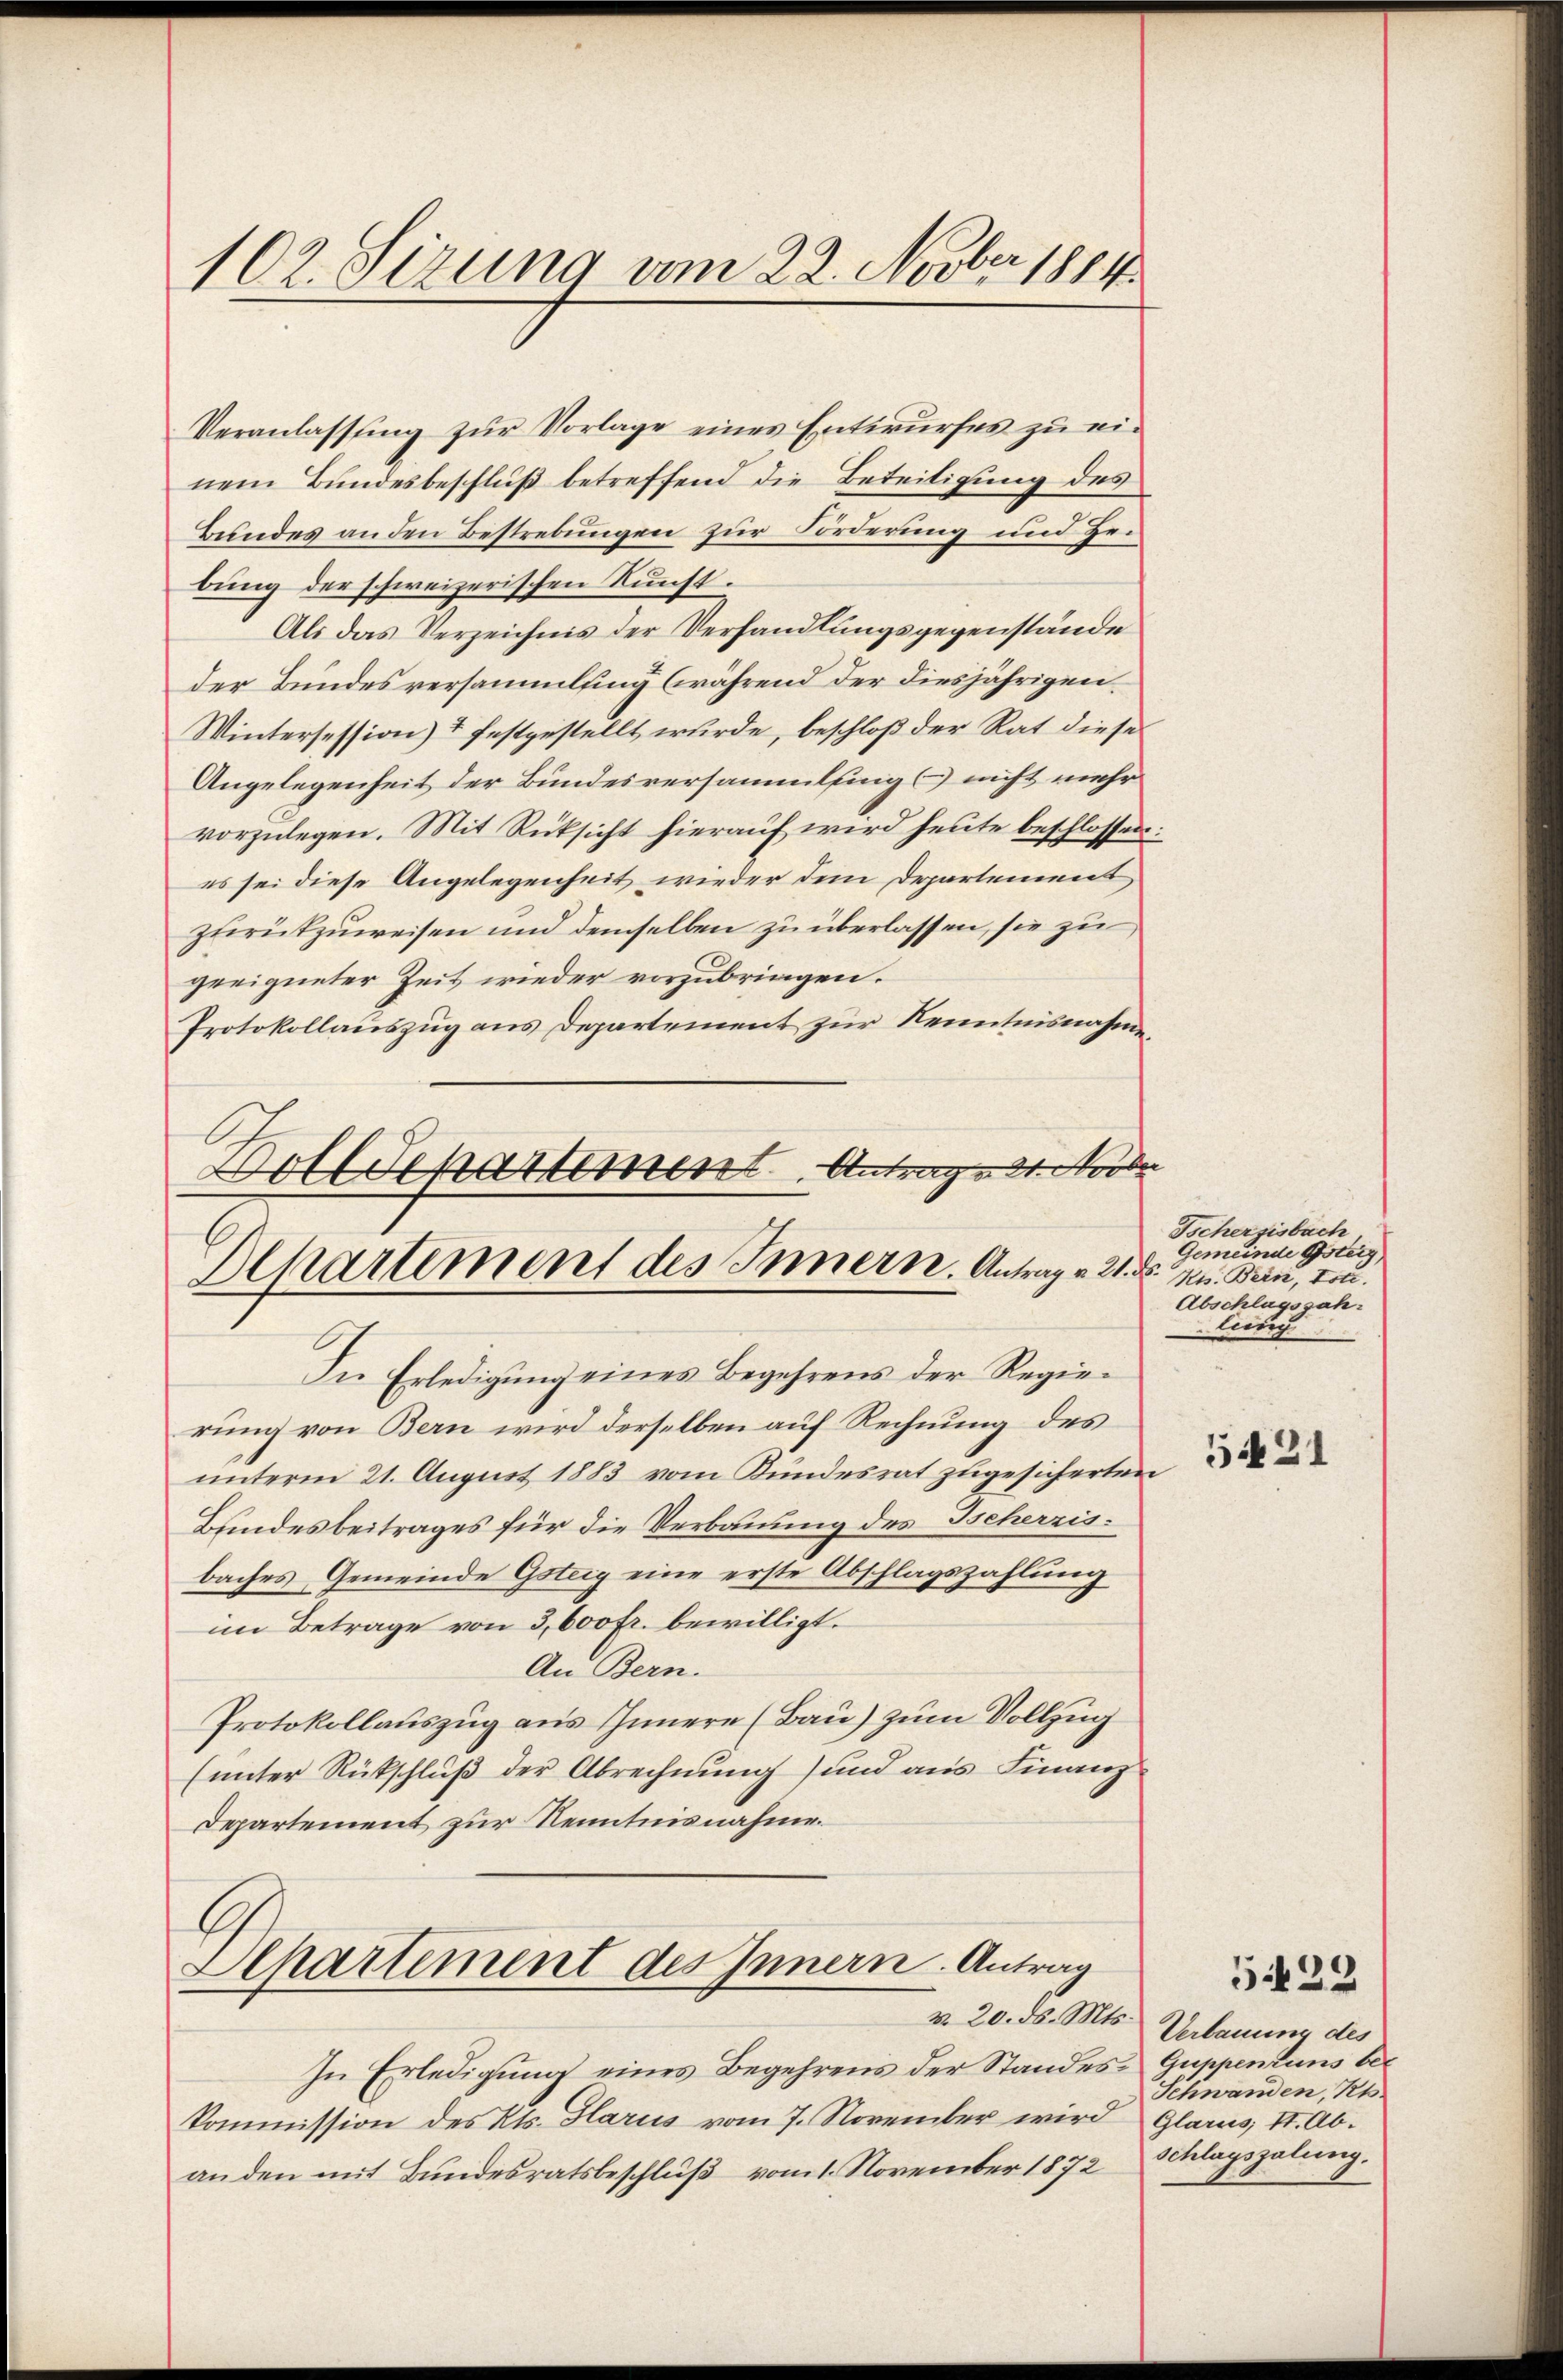
102. Sizung vom 22. Novber 1884.

Veranlassŭng zŭr Vorlage einer Entwŭrfes zu ei-
nem Bundesbeschluß betreffend die Beteitigung des
Bundes an den Bestrebungen zur Forderung und Hebung der schweizerischen Kunst¬
Als das Verzeichnis der Verhandlungsgegenstände
der Bundesversammlung (während der diesjährigen.
Wintersession) 1 festgestellt wurde, beschloß der Rat diese
Angelegenheit der Bundesversammlungs nicht mehr
vorzulegen. Mit Rüksicht hierauf wird heute beschlossen
es sei diese Angelegenheit wieder dem Departement
zurückzuweisen und demselben zu überlassen, sie zu
geeigneter Zeit wieder vorzubringen.
Protokollauszug aus Departement zur Kenntnisnahme
Boll Separtement. Antrage 1. Novbr
Departiment des Innern. Antrag v. 21. d. Mts. Bein, tou
In Erledigung eines Begehrens der Regierung von Bern wird derselben auf Rechnung des
unterm 21. August 1883 vom Kundesrat zugesicherten
Bundesbeitrages für die Verbauung des Tscherzisbaches Gemeinde Gsteig eine erste Abschlagszahlung
im Betrage von 3,600 fr. bewilligt.
An Bern.
Protokollauszug aus Innern (Bau) zum Vollzug
(unter Rückschluß der Abrechnung) und aus Finanz¬
Departement zur Kenntnisnahme

Apartement des Innern Antrag
v. 20. d. Mts.

In Erledigŭng eines Begehrens der Standes-Guppentums bekommission des Kts. Glarus vom 7. November wird Glarus II. Ab.
anden mit Bundesratsbeschlŭβ vom 1. November 1872 Klagszalŭng.

Tschergisbach
Gemeinde Gsteig
Abschlagszahlung

5421

Verbauung des
Schwanden, Kts.

.
522